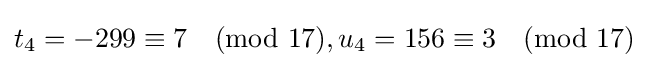
t_{4}=-299\equiv 7{\pmod {17}},u_{4}=156\equiv 3{\pmod {17}}